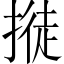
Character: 𢲛